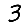
Digit: 3